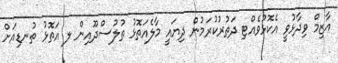
އާޒިމް ވިދާޅުވީ އެކޮޅުވެއްޓި ދަތުރުކުރަމުން ދިޔައީ މާލެއަތޮޅު ތުލުސްދޫއިން ލ އަތޮޅު ތުނޑިއަށް